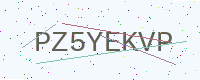
Text: PZ5YEKVP